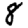
Digit: 8